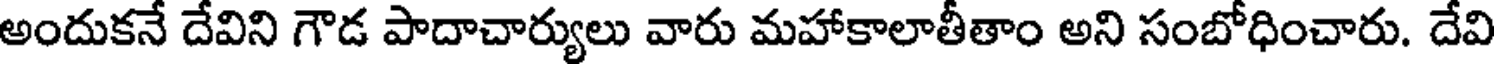
అందుకనే దేవిని గౌడ పాదాచార్యులు వారు మహాకాలాతీతాం అని సంబోధించారు. దేవి